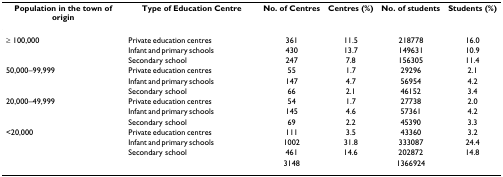
<table><thead><tr><td><b>Population in the town of origin</b></td><td><b>Type of Education Centre</b></td><td><b>No. of Centres</b></td><td><b>Centres (%)</b></td><td><b>No. of students</b></td><td><b>Students (%)</b></td></tr></thead><tbody><tr><td>≥ 100,000</td><td>Private education centres</td><td>361</td><td>11.5</td><td>218778</td><td>16.0</td></tr><tr><td></td><td>Infant and primary schools</td><td>430</td><td>13.7</td><td>149631</td><td>10.9</td></tr><tr><td></td><td>Secondary school</td><td>247</td><td>7.8</td><td>156305</td><td>11.4</td></tr><tr><td>50,000–99,999</td><td>Private education centres</td><td>55</td><td>1.7</td><td>29296</td><td>2.1</td></tr><tr><td></td><td>Infant and primary schools</td><td>147</td><td>4.7</td><td>56954</td><td>4.2</td></tr><tr><td></td><td>Secondary school</td><td>66</td><td>2.1</td><td>46152</td><td>3.4</td></tr><tr><td>20,000–49,999</td><td>Private education centres</td><td>54</td><td>1.7</td><td>27738</td><td>2.0</td></tr><tr><td></td><td>Infant and primary schools</td><td>145</td><td>4.6</td><td>57361</td><td>4.2</td></tr><tr><td></td><td>Secondary school</td><td>69</td><td>2.2</td><td>45390</td><td>3.3</td></tr><tr><td>&lt;20,000</td><td>Private education centres</td><td>111</td><td>3.5</td><td>43360</td><td>3.2</td></tr><tr><td></td><td>Infant and primary schools</td><td>1002</td><td>31.8</td><td>333087</td><td>24.4</td></tr><tr><td></td><td>Secondary school</td><td>461</td><td>14.6</td><td>202872</td><td>14.8</td></tr><tr><td></td><td></td><td>3148</td><td></td><td>1366924</td><td></td></tr></tbody></table>